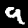
Label: 9